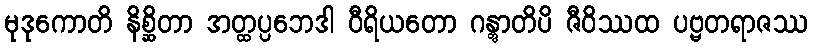
မုဒုကောတိ နိစ္ဆိတာ အတ္ထပ္ပဘေဒါ ဝီရိယတော ဂန္တွာတိပိ ဇီဝိဿထ ပဗ္ဗတရာဇဿ